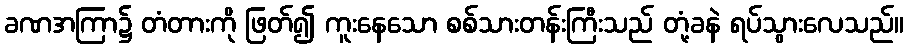
ခဏအကြာ၌ တံတားကို ဖြတ်၍ ကူးနေသော စစ်သားတန်းကြီးသည် တုံ့ခနဲ ရပ်သွားလေသည်။